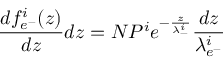
\frac { d f _ { e ^ { - } } ^ { i } ( z ) } { d z } d z = N P ^ { i } e ^ { - \frac { z } { \lambda _ { - } ^ { i } } } \frac { d z } { \lambda _ { e ^ { - } } ^ { i } }